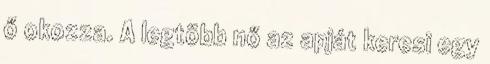
ő okozza. A legtöbb nő az apját keresi egy